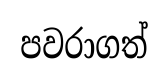
පවරාගත්